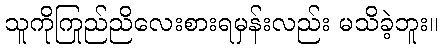
သူကိုကြည်ညိုလေးစားရမှန်းလည်း မသိခဲ့ဘူး။